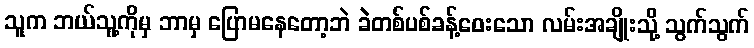
သူက ဘယ်သူ့ကိုမှ ဘာမှ ပြောမနေတော့ဘဲ ခဲတစ်ပစ်ခန့်ဝေးသော လမ်းအချိုးသို့ သွက်သွက်